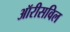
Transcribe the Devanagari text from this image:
ऑरीसविल